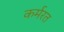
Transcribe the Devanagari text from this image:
कर्मरत